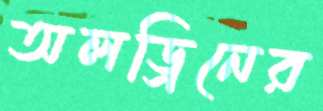
অলড্রিনের